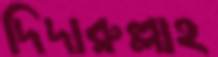
দিদারুল্লাহ